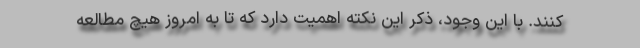
کنند. با این وجود، ذکر این نکته اهمیت دارد که تا به امروز هیچ مطالعه